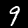
Digit: 9